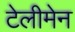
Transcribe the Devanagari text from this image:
टेलीमेन